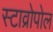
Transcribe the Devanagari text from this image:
स्टाव्रोपोल